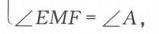
\(\angle EMF=\angle A,\)